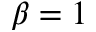
\beta = 1